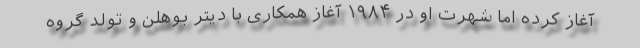
آغاز کرده اما شهرت او در ۱۹۸۴ آغاز همکاری با دیتر بوهلن و تولد گروه